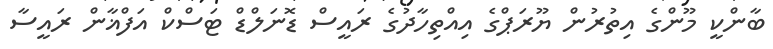
ބާންކީ މޫންގެ އިތުރުން ޔޫރަޕްގެ އިއްތިހާދުގެ ރައީސް ޑޮނަލްޑް ޓަސްކް އަފްޣާން ރައީސާ